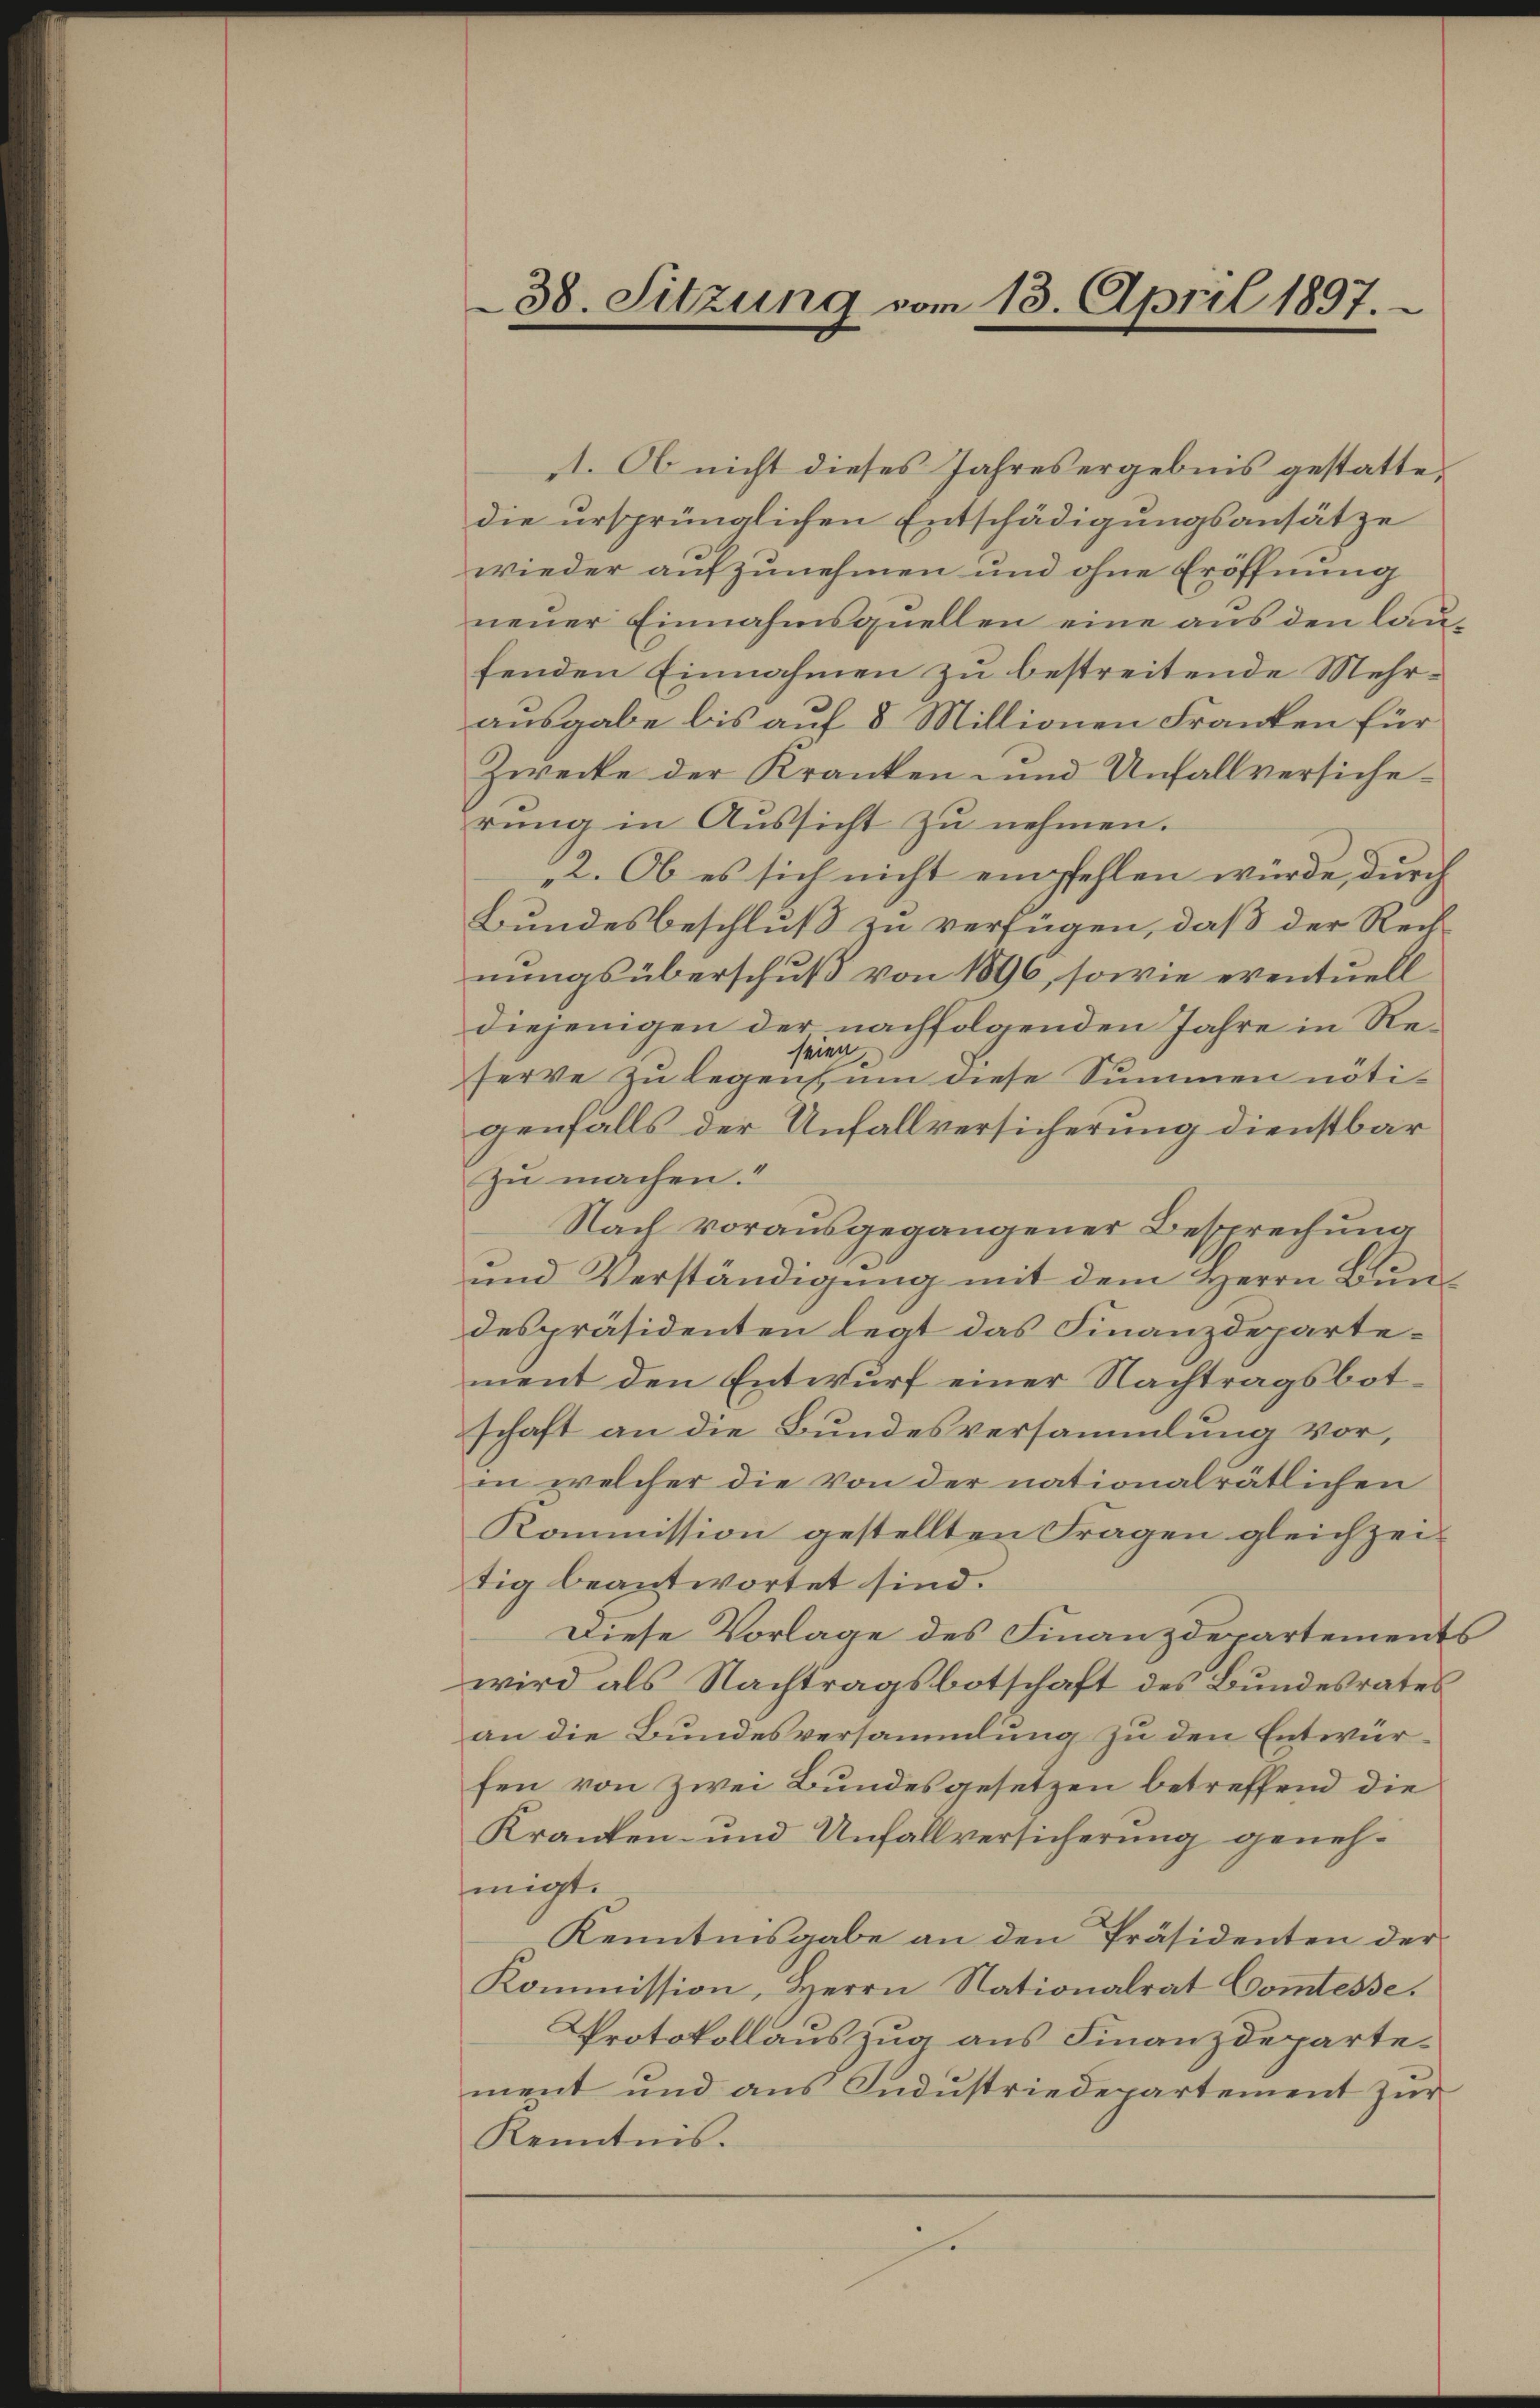
38. Sitzung vom 13. April 1897.

1. Ob nicht dieses Jahres ergebnis gestattedie ursprünglichen Entschädigungsansätze
wieder aufzunehmen und ohne Eröffnung
neuer Einnahmsquellen eine aus den länfenden Einnahmen zu bestreitende Mehrausgabe bis auf 8 Millionen Franken für
Zwecke der Kranken und Unfallversicherung in Aussicht zu nehmen.
2. Ob es sich nicht empfehlen würde, durch
Bundesbeschluß zu verfügen, daß der Rechnungsüberschuß von 1896, sowie eventuell
diejenigen der nachfolgenden Jahre in Reseien.
serve zu legen, um diese Summen notigenfalls der Unfallversicherung dienstbar
zu machen.“
Nach vorausgegangener Besprechung
und Verständigung mit dem Herrn Bundespräsidenten legt das Finanzdepartement den Entwurf einer Nachtragsbot.
schaft an die Bundesversammlung vor,
in welcher die von der nationalrätlichen
Kommission gestellten Fragen gleichzeitig beantwortet sind.
Diese Vorlage des Finanzdepartements
wird als Nachtragsbotschaft des Bundesrates
an die Bundesversammlung zu den Entwurfen von Zwei Bundesgesetzen betreffend die
Kranten- und Unfallversicherung genehmigt.
Kenntnisgabe an den Präsidenten der
Kommission, Herrn Nationalrat Comtesse.
Protokollauszug aus Finanzdepartement und aus Industriedepartement zur
Kenntnis.